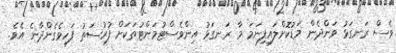
ވެސް ރަނގަޅު ވަންދެން މަޑުކޮށްލައިފިނަމަ މާ ރަނގަޅު އިންވެސްޓުމަންޓުތަކަށް ފުރުސަތު ފަހިވެގެންދާނެ އެވެ.